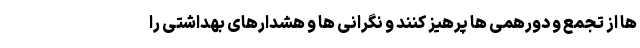
ها از تجمع و دورهمی ها پرهیز کنند و نگرانی ها و هشدارهای بهداشتی را